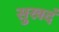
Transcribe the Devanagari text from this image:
सुखदं